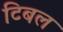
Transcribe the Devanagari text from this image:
टिबल